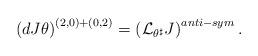
LaTeX: \begin{align*} \left(dJ\theta\right)^{(2,0)+(0,2)}=\left(\mathcal{L}_{\theta^\sharp}J\right)^{anti-sym}. \end{align*}